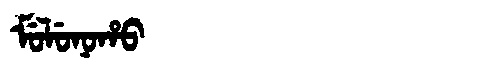
Manchu: ᠮᡠᠯᡠᠨᠣᡥᠣ
Romanization: MULUNOHO